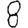
Digit: 8